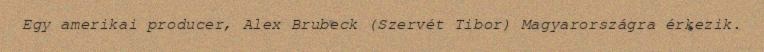
Egy amerikai producer, Alex Brubeck (Szervét Tibor) Magyarországra érkezik.